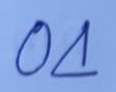
04